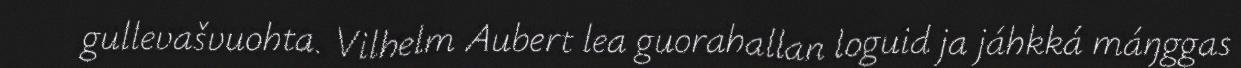
gullevašvuohta. Vilhelm Aubert lea guorahallan loguid ja jáhkká máŋggas